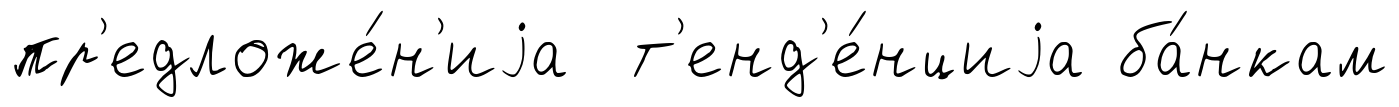
пр'едложе́н'иjа т'енд'е́нциjа ба́нкам